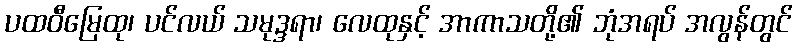
ပထဝီမြေထု၊ ပင်လယ် သမုဒ္ဒရာ၊ လေထုနှင့် အာကာသတို့၏ ဘုံအရပ် အလွန်တွင်